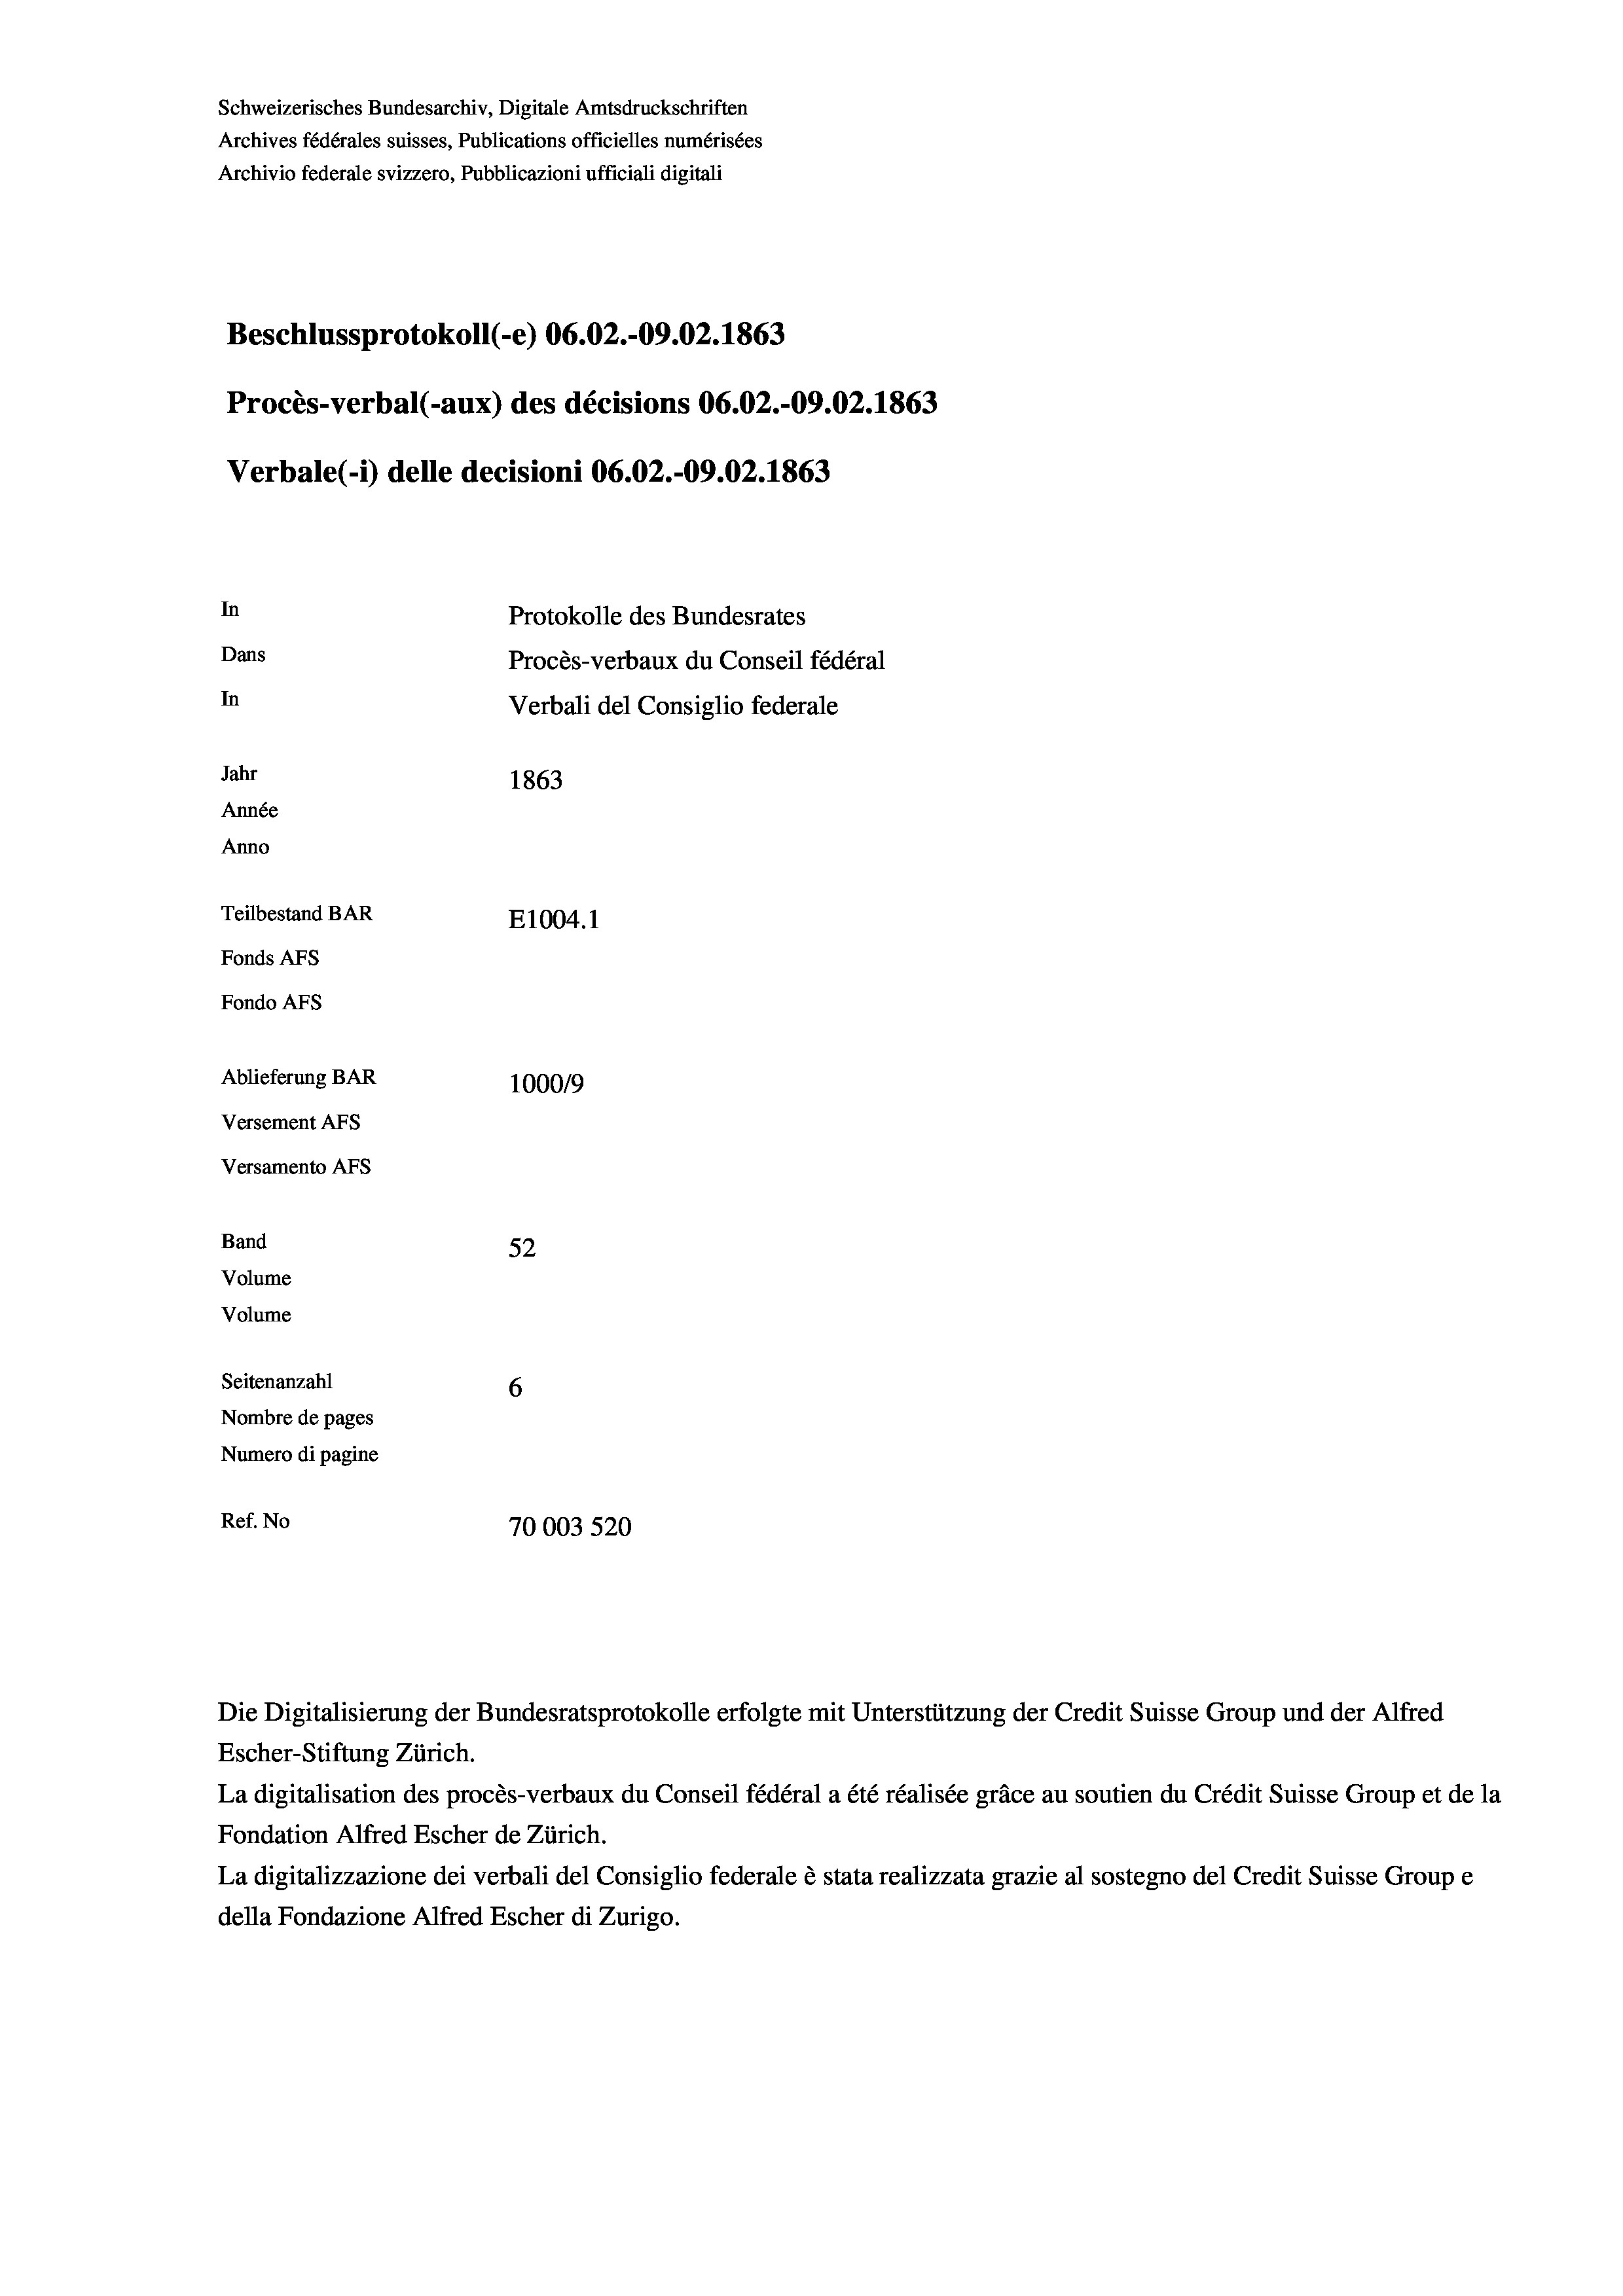
Schweizerisches Bundesarchiv, Digitale Amtsdruckschriften
Archives fédérales suisses, Publications officielles numérisées
Archivio federale svizzero, Pubblicazioni ufficiali digitali
Beschlussprotokoll (-e) 06.02.-09.02. 1863
Procès-verbal (-aux) des décisions 06.02.-09.02. 1863
Verbale (1) delle decisioni 06.02.-09.02. 1863
In
Protokolle des Bundesrates
Dans
Procès-verbaux du Conseil fédéral
In
Verbali del Consiglio federale
Jahr
1863
Année
Anno
Teilbestand BAR
E1004.1
Fonds AFs
Fondo AFS
Ablieferung BAR
100019
Versement AFs
Versamento AFs
Band
52
Volume
Volume

Seitenanzahl
6
Nombre de pages
Numero di pagine
Ref. No
70003 520

La digitalisation des procès-verbaux du Conseil fédéral a été réalisée gräce au soutien du Crédit Suisse Group et de la
Fondation Alfred Escher de Zürich.
La digitalizzazione dei verbali del Consiglio federale è stata realizzata grazie al sostegno del Credit Suisse Groupe
della Fondazione Alfred Escher di Zurigo.

Die Digitalisierung der Bundesratsprotokolle erfolgte mit Unterstützung der Credit Suisse Group und der Alfred
Escher-Stiftung Zürich.